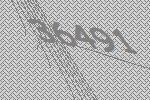
36491